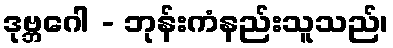
ဒုဗ္ဘဂေါ - ဘုန်းကံနည်းသူသည်၊